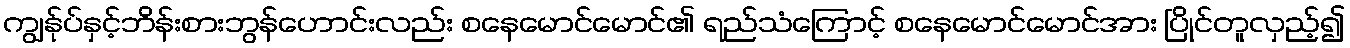
ကျွန်ုပ်နှင့်ဘိန်းစားဘွန်ဟောင်းလည်း စနေမောင်မောင်၏ ရည်သံကြောင့် စနေမောင်မောင်အား ပြိုင်တူလှည့်၍